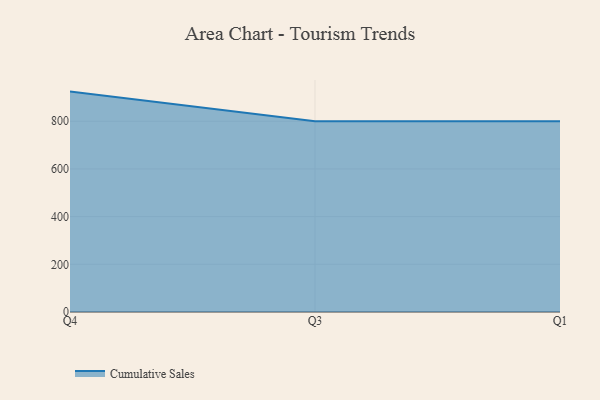
{"axis": {"x": "Quarter", "y": "LTV (USD)"}, "legend": ["Cumulative Sales"], "data": [{"x": "Q4", "y": 924.3, "type": "Cumulative Sales"}, {"x": "Q3", "y": 800, "type": "Cumulative Sales"}, {"x": "Q1", "y": 800, "type": "Cumulative Sales"}]}